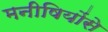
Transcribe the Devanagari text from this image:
मनीषियोंसे